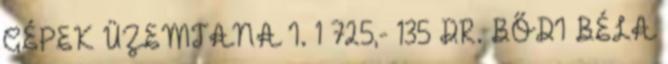
GÉPEK ÜZEMTANA I. 1 725,- 135 DR. BŐDI BÉLA